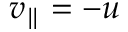
v _ { \parallel } = - u